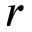
r